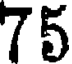
75